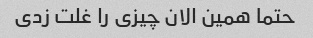
حتما همین الان چیزی را غلت زدی